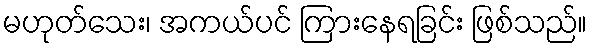
မဟုတ်သေး၊ အကယ်ပင် ကြားနေရခြင်း ဖြစ်သည်။